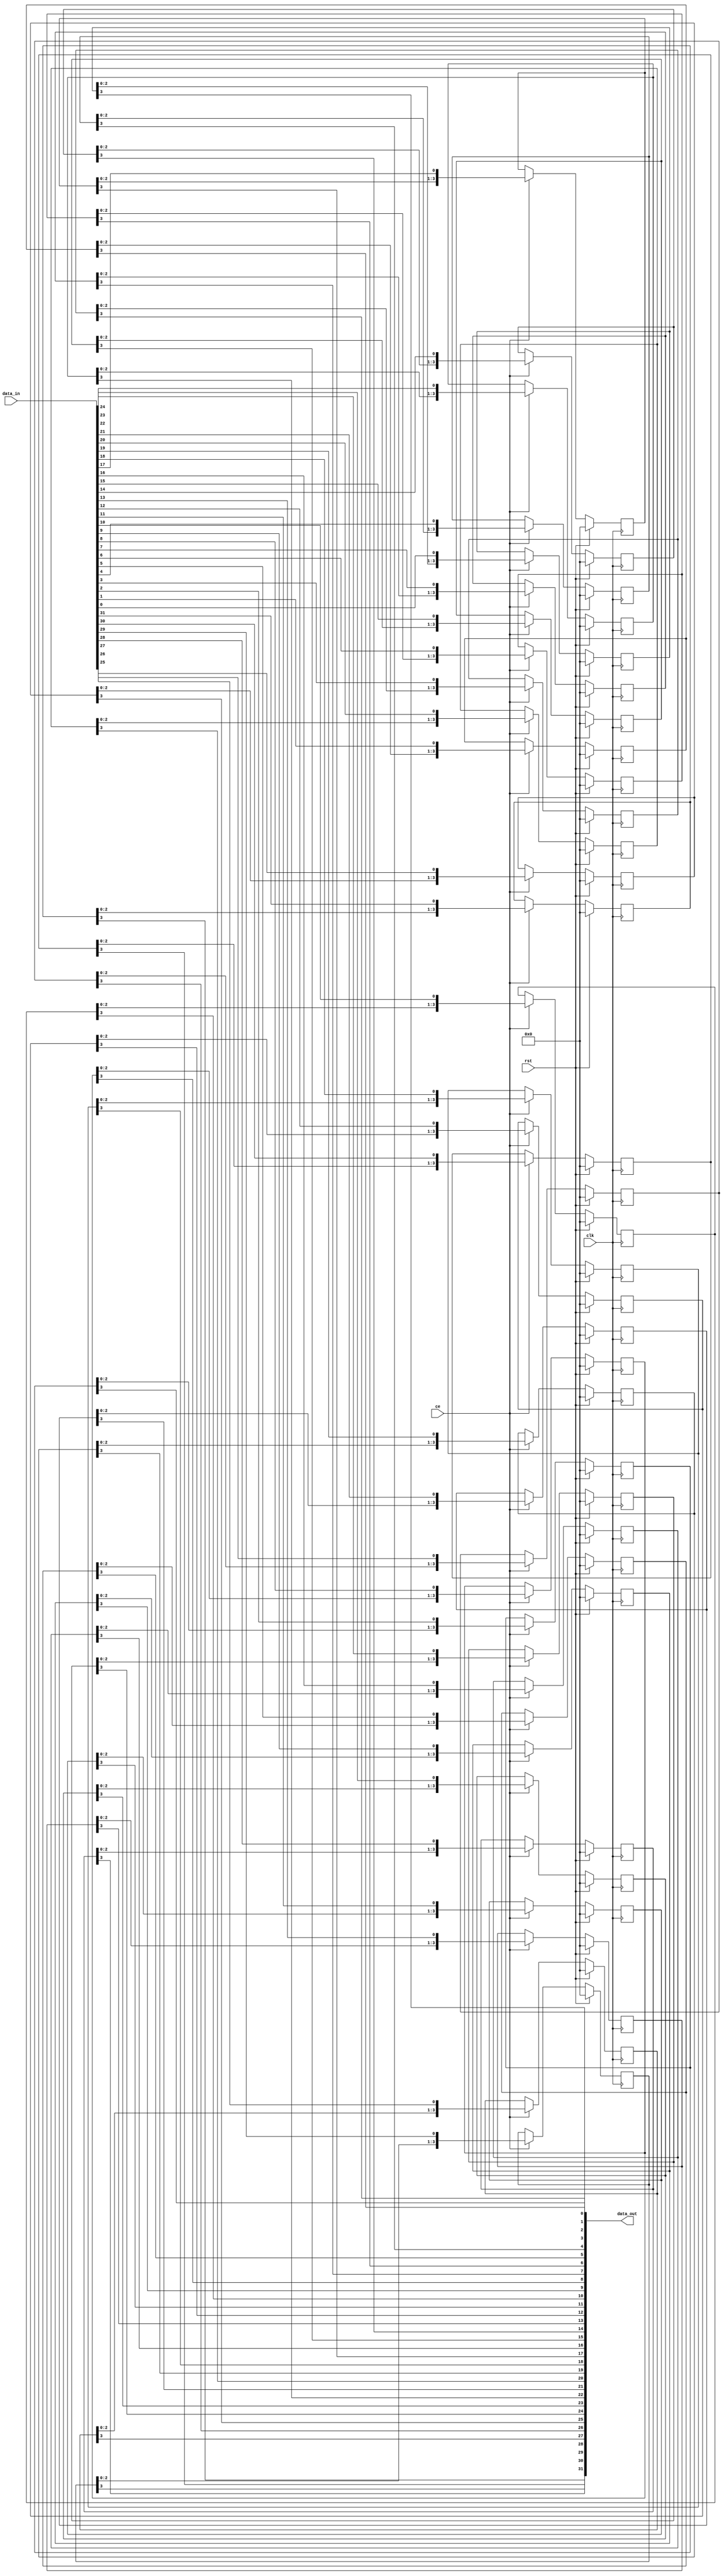
module BUFFER(input [DATA_WIDTH-1:0] data_in,
					input clk,
					input ce,
					input rst,
					output [DATA_WIDTH-1:0] data_out
);

parameter DATA_DEPTH = 4;
parameter DATA_WIDTH = 32;

reg [DATA_DEPTH-1:0] shift_reg [DATA_WIDTH-1:0];

genvar i;
generate
	for (i=0; i < DATA_WIDTH; i=i+1) begin: buffer
		always @(posedge clk) begin
			if (rst==1'b1) begin
				shift_reg[i] <= 0;
			end else begin
				if (ce) begin
					if (DATA_DEPTH<2) begin
						shift_reg[i] <= data_in[i];
					end else begin
						shift_reg[i] <= {shift_reg[i][DATA_DEPTH-2:0], data_in[i]};
					end
				end
			end
		end
		assign data_out[i] = shift_reg[i][DATA_DEPTH-1:DATA_DEPTH-1];
	end
endgenerate

endmodule